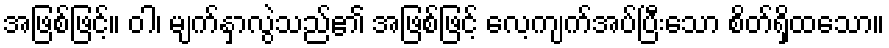
အဖြစ်ဖြင့်။ ဝါ၊ မျက်နှာလွဲသည်၏ အဖြစ်ဖြင့် လေ့ကျက်အပ်ပြီးသော စိတ်ရှိထသော။